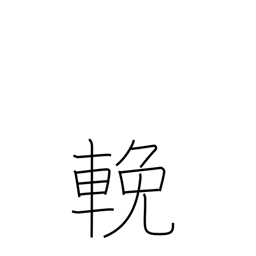
Meaning: pull